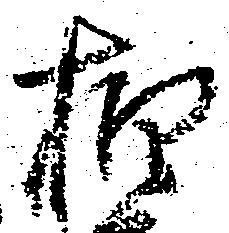
柏